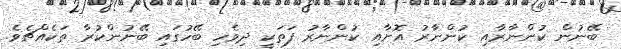
ބޭނުން ކުންނާރާއި ކުންނާރު އޮށާއި ކުންނާރު ފަތަކީ ދިވެހި ބޭހުގައި ބޭނުންކުރާ ތަކެއްޗެވެ.